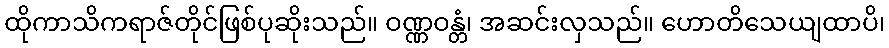
ထိုကာသိကရာဇ်တိုင်ဖြစ်ပုဆိုးသည်။ ဝဏ္ဏဝန္တံ၊ အဆင်းလှသည်။ ဟောတိသေယျထာပိ၊